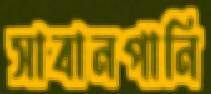
সাবানপানি